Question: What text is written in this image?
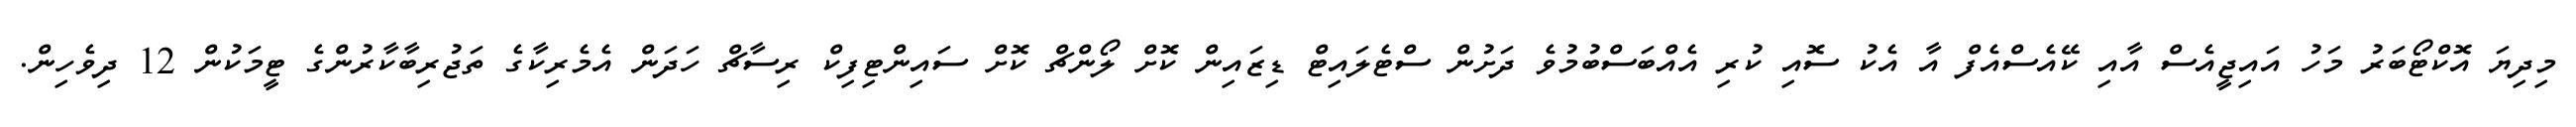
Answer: މިދިޔަ އޮކްޓޯބަރު މަހު އައިޖީއެސް އާއި ކޭއެސްއެފް އާ އެކު ސޮއި ކުރި އެއްބަސްބުމުވެ ދަށުން ސްޓެލައިޓް ޑިޒައިން ކޮށް ލޯންޗް ކޮށް ސައިންޓިފިކް ރިސާޗް ހަދަން އެމެރިކާގެ ތަޖުރިބާކާރުންގެ ޓީމަކުން 12 ދިވެހިން.